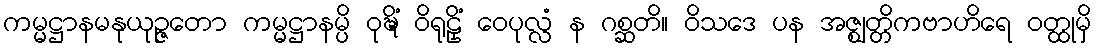
ကမ္မဋ္ဌာနမနုယုဉ္ဇတော ကမ္မဋ္ဌာနမ္ပိ ဝုဍ္ဎိံ ဝိရုဠှိံ ဝေပုလ္လံ န ဂစ္ဆတိ။ ဝိသဒေ ပန အဇ္ဈတ္တိကဗာဟိရေ ဝတ္ထုမှိ